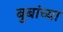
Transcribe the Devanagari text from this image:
बुबांच्या